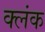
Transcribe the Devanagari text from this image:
क्लंक